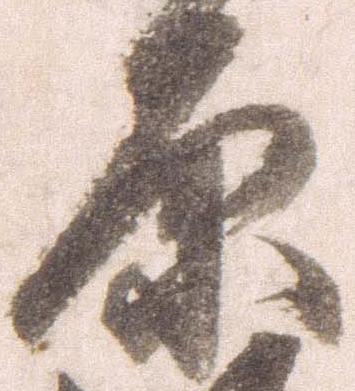
原